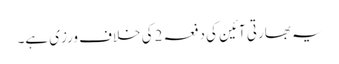
یہ بھارتی آئین کی دفعہ 2کی خلاف ورزی ہے۔